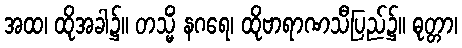
အထ၊ ထိုအခါ၌။ တသ္မိံ နဂရေ၊ ထိုဗာရာဏသီပြည်၌။ ဓုတ္တာ၊